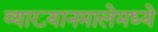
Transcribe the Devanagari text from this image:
व्याख्यानमालेमध्ये